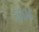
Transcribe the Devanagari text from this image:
३००४